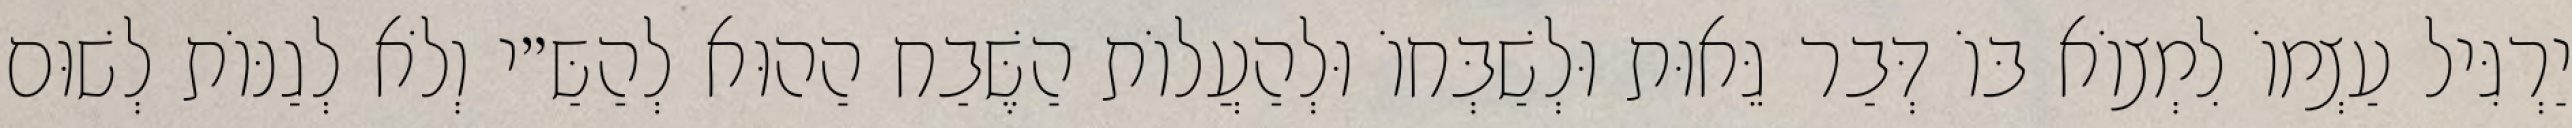
יַרְגִּיל עַצְמוֹ לִמְצוֹא בּוֹ דְּבַר גֵּאוּת וּלְשַׁבְּחוֹ וּלְהַעֲלוֹת הַשֶּׁבַח הַהוּא לְהַשַּ״י וְלֹא לְגַנּוֹת לְשׁוּם